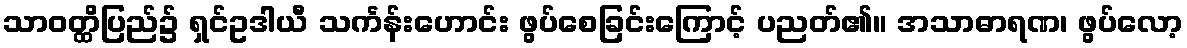
သာဝတ္ထိပြည်၌ ရှင်ဥဒါယီ သင်္ကန်းဟောင်း ဖွပ်စေခြင်းကြောင့် ပညတ်၏။ အသာဓာရဏ၊ ဖွပ်လော့